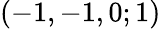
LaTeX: (-1,-1,0;1)